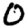
Digit: 0